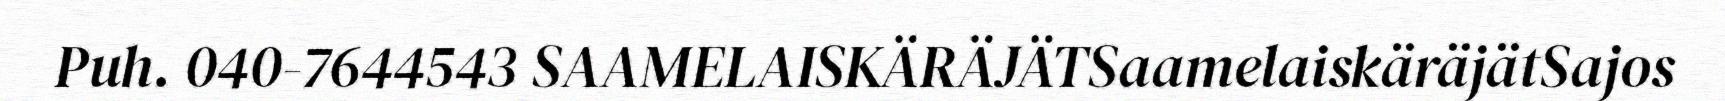
Puh. 040-7644543 SAAMELAISKÄRÄJÄTSaamelaiskäräjätSajos